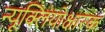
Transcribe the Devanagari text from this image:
न्यूक्लियोक्षारक